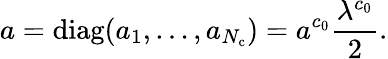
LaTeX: a=\mathrm{diag}(a_{1},\dots,a_{N_{\mathrm{c}}})=a^{c_{0}}\frac{\lambda^{c_{0}}}{2}.